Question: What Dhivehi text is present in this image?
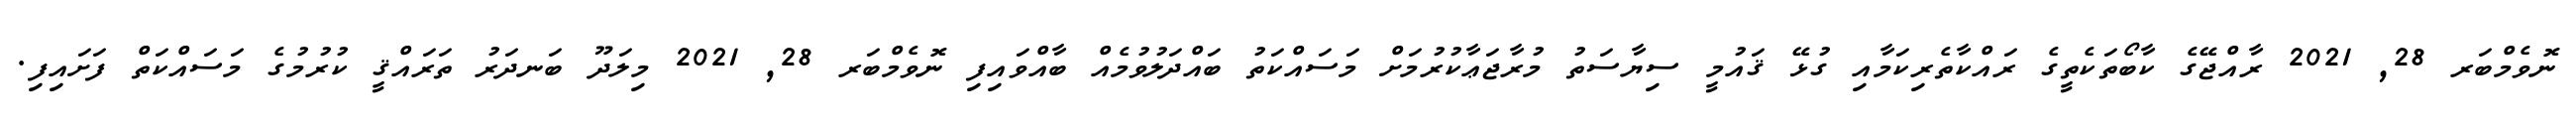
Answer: ނޮވެމްބަރ 28, 2021 ރާއްޖޭގެ ކާބޯތަކެތީގެ ރައްކާތެރިކަމާއި ގުޅޭ ޤައުމީ ސިޔާސަތު މުރާޖަޢާކުރުމަށް މަސައްކަތު ބައްދަލުވުމެއް ބާއްވައިފި ނޮވެމްބަރ 28, 2021 މިލަދޫ ބަނދަރު ތަރައްޤީ ކުރުމުގެ މަސައްކަތް ފަށައިފި.